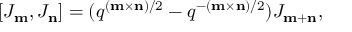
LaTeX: [ J _ { \bf m } , J _ { \bf n } ] = ( q ^ { ( { \bf m } \times { \bf n } ) / 2 } - q ^ { - ( { \bf m } \times { \bf n } ) / 2 } ) J _ { { \bf m } + { \bf n } } ,